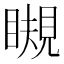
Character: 瞡